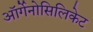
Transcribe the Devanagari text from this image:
ऑर्गेनोसिलिकेट